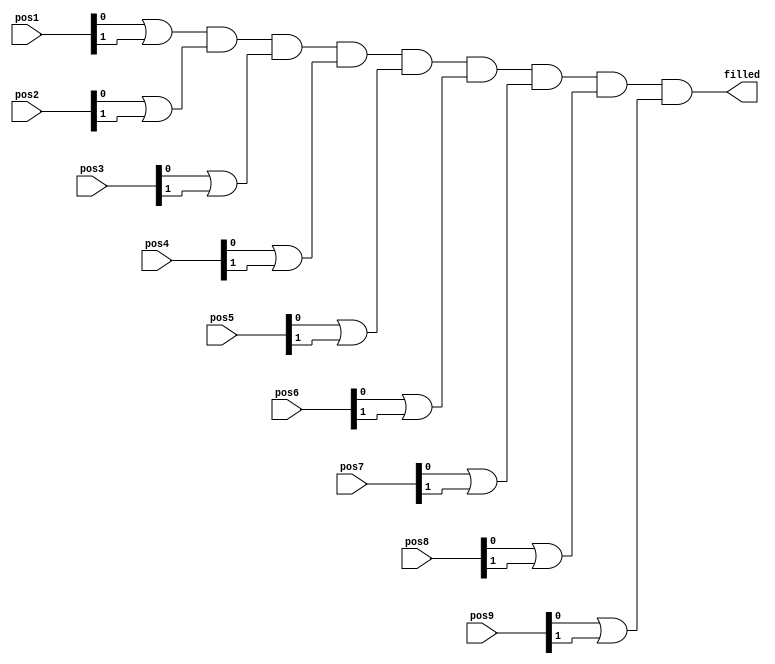

module finish(pos1, pos2, pos3, pos4, pos5, pos6, pos7, pos8, pos9, filled);    //if no more positions are left
   input [1:0] pos1, pos2, pos3, pos4, pos5, pos6, pos7, pos8, pos9;
   output wire filled;                                                        //all positions filled

wire f1,f2,f3,f4,f5,f6,f7,f8,f9;

//f's check out the spaces mentioned in their RHS are filled or not     
assign f1 = (pos1[0] | pos1[1]);        
assign f2 = (pos2[0] | pos2[1]);
assign f3 = (pos3[0] | pos3[1]);
assign f4 = (pos4[0] | pos4[1]);
assign f5 = (pos5[0] | pos5[1]);
assign f6 = (pos6[0] | pos6[1]);
assign f7 = (pos7[0] | pos7[1]);
assign f8 = (pos8[0] | pos8[1]);
assign f9 = (pos9[0] | pos9[1]);

assign filled =((((((((f1 & f2) & f3) & f4) & f5) & f6) & f7) & f8) & f9);
endmodule